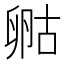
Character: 𠷞